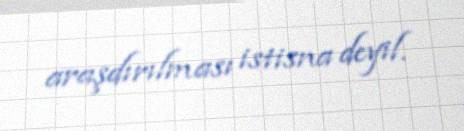
araşdırılması istisna deyil.